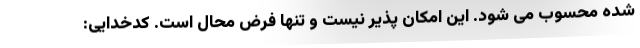
شده محسوب می شود. این امکان پذیر نیست و تنها فرض محال است. کدخدایی: